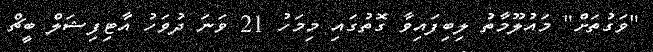
"ވަގުތަށް" މައުލޫމާތު ލިބިފައިވާ ގޮތުގައި މިމަހު 21 ވަނަ ދުވަހު އާޓިފިޝަލް ބީޗް